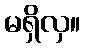
မရှိလှ။